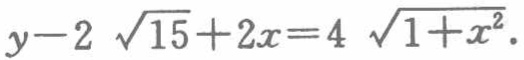
$y - 2\sqrt{15 + 2x}=4\sqrt{1 + x^{2}}$